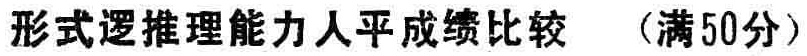
形式逻推理能力人平成绩比较 （满50分）